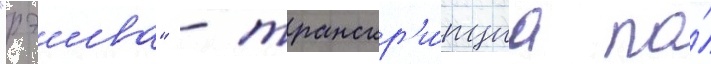
"рэива" - транскр'и́пциа по́